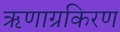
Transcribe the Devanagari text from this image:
ऋणाग्रकिरण